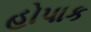
હોપાક